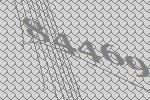
84469